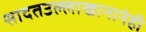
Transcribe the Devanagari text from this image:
सादतउल्लाखानानेही